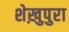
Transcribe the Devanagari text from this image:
शेख़ुपुरा